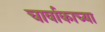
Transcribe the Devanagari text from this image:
चार्वाकाच्या